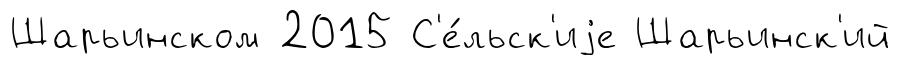
Шарьинском 2015 С'е́льск'иjе Шарьинск'ий